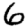
Digit: 6